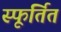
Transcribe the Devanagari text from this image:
स्फूर्तित